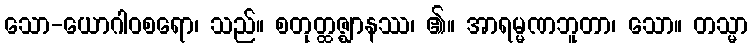
သော-ယောဂါဝစရော၊ သည်။ စတုတ္ထဇ္ဈာနဿ၊ ၏။ အာရမ္မဏဘူတာ၊ သော။ တသ္မာ